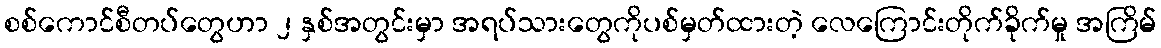
စစ်ကောင်စီတပ်တွေဟာ ၂ နှစ်အတွင်းမှာ အရပ်သားတွေကိုပစ်မှတ်ထားတဲ့ လေကြောင်းတိုက်ခိုက်မှု အကြိမ်